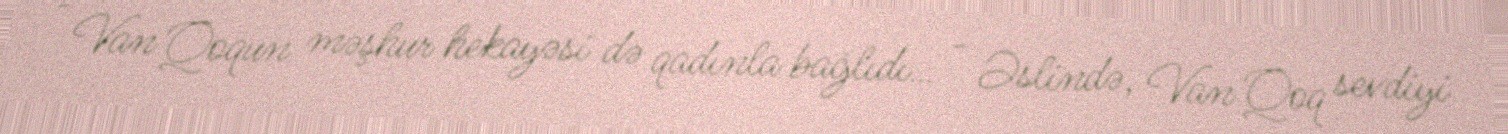
- Van Qoqun məşhur hekayəsi də qadınla bağlıdı… - Əslində, Van Qoq sevdiyi